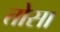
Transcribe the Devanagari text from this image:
तोसा